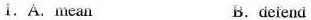
1. A.Mean B.dciend